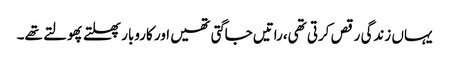
یہاں زندگی رقص کرتی تھی،راتیں جاگتی تھیں اور کاروبار پھلتے پھولتے تھے۔